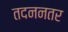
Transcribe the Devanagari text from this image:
तदननतर